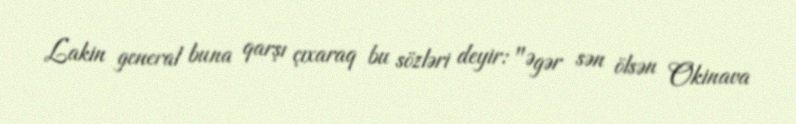
Lakin general buna qarşı çıxaraq bu sözləri deyir: "Əgər sən ölsən Okinava